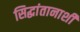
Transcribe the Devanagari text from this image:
सिद्धांतानाशी